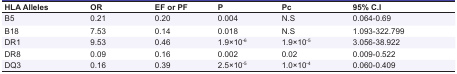
<table><thead><tr><td><b>HLA Alleles</b></td><td><b>OR</b></td><td><b>EF or PF</b></td><td><b>P</b></td><td><b>Pc</b></td><td><b>95% C.I</b></td></tr></thead><tbody><tr><td> B5 </td><td> 0.21 </td><td> 0.20 </td><td> 0.004 </td><td> N.S </td><td> 0.064-0.69 </td></tr><tr><td> B18 </td><td> 7.53 </td><td> 0.14 </td><td> 0.018 </td><td> N.S </td><td> 1.093-322.799 </td></tr><tr><td> DR1 </td><td> 9.53 </td><td> 0.46 </td><td>1.9×10<sup>-6</sup></td><td>1.9×10<sup>-5</sup></td><td> 3.056-38.922 </td></tr><tr><td> DR8 </td><td> 0.09 </td><td> 0.16 </td><td> 0.002 </td><td> 0.02 </td><td> 0.009-0.522 </td></tr><tr><td> DQ3 </td><td> 0.16 </td><td> 0.39 </td><td>2.5×10<sup>-5</sup></td><td>1.0×10<sup>-4</sup></td><td> 0.060-0.409 </td></tr></tbody></table>